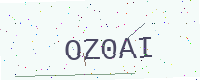
Text: OZ0AI